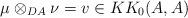
LaTeX: \begin{align*}\mu \otimes _{DA} \nu = v \in KK_0(A, A)\end{align*}